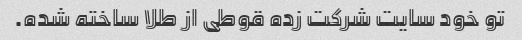
تو خود سایت شرکت زده قوطی از طلا ساخته شده.